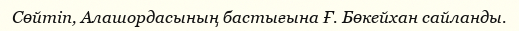
Сөйтіп, Алашордасының бастығына Ғ. Бөкейхан сайланды.